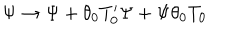
\Psi \rightarrow \Psi + \theta _ { 0 } T _ { 0 } ^ { \prime } \Psi + \Psi \theta _ { 0 } T _ { 0 }